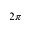
2 \pi